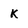
Character: k